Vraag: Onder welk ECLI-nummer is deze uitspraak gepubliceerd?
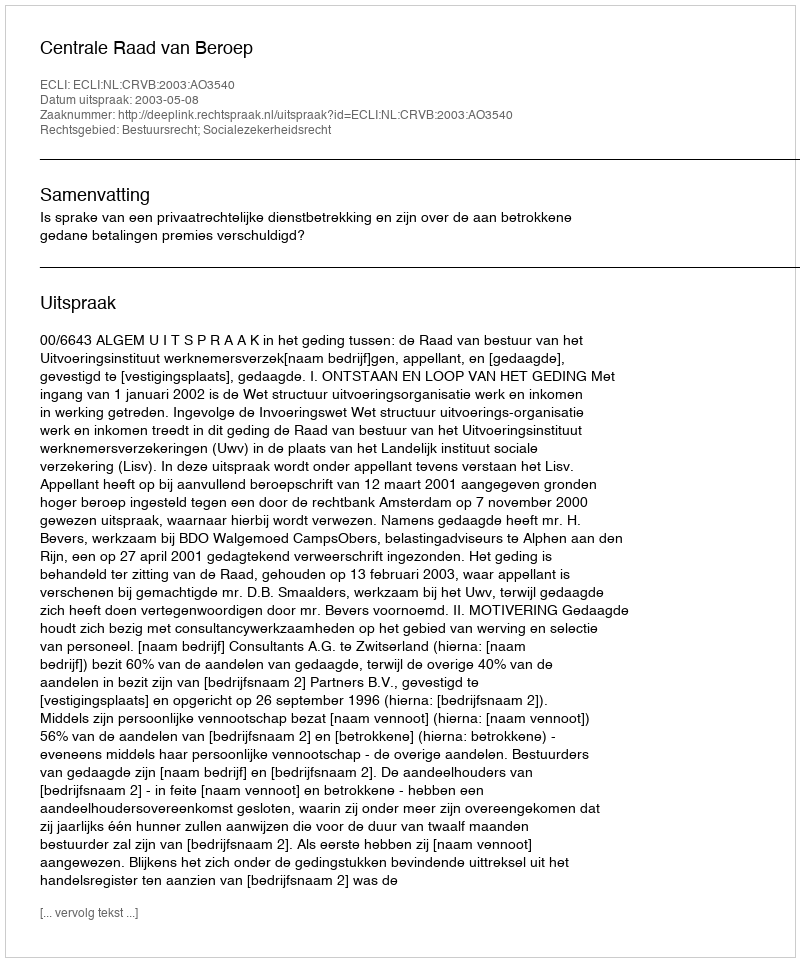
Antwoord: ECLI:NL:CRVB:2003:AO3540